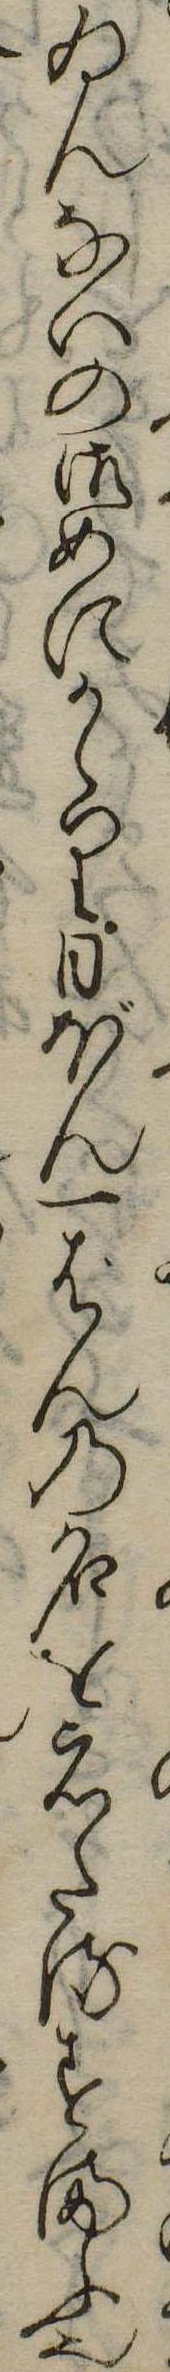
ゐんないの御めにかゝり日ぼん一はんの名をえたるすまふ也